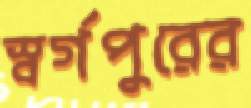
স্বর্গপুরের